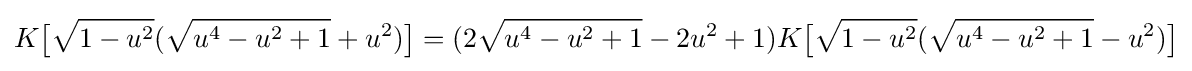
K{\bigl [}{\sqrt {1-u^{2}}}({\sqrt {u^{4}-u^{2}+1}}+u^{2}){\bigr ]}=(2{\sqrt {u^{4}-u^{2}+1}}-2u^{2}+1)K{\bigl [}{\sqrt {1-u^{2}}}({\sqrt {u^{4}-u^{2}+1}}-u^{2}){\bigr ]}